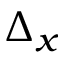
\Delta _ { x }